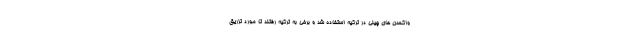
واکسن های چینی در ترکیه استفاده شد و برخی به ترکیه رفتند تا مورد تزریق